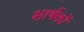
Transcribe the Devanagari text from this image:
शार्षकों